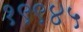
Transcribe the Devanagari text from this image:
१९९४५